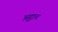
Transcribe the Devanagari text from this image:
अट्ठान